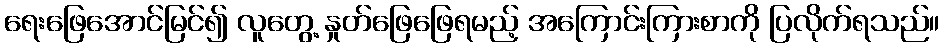
ရေးဖြေအောင်မြင်၍ လူတွေ့ နှုတ်ဖြေဖြေရမည့် အကြောင်းကြားစာကို ပြလိုက်ရသည်။